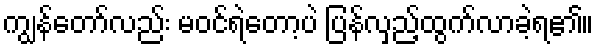
ကျွန်တော်လည်း မဝင်ရဲတော့ပဲ ပြန်လှည့်ထွက်လာခဲ့ရ၏။